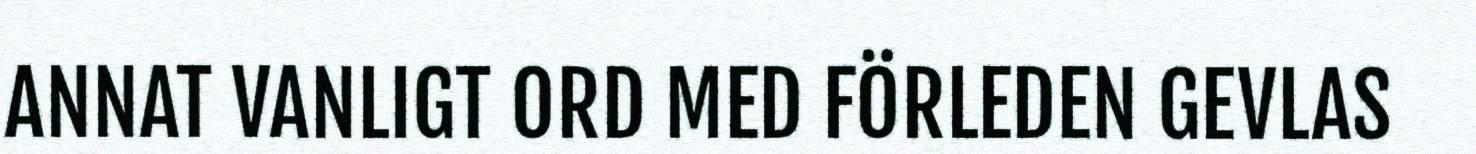
ANNAT VANLIGT ORD MED FÖRLEDEN GEVLAS